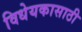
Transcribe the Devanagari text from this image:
विधेयकासाठी